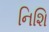
નિશિ